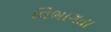
વિભાગતા